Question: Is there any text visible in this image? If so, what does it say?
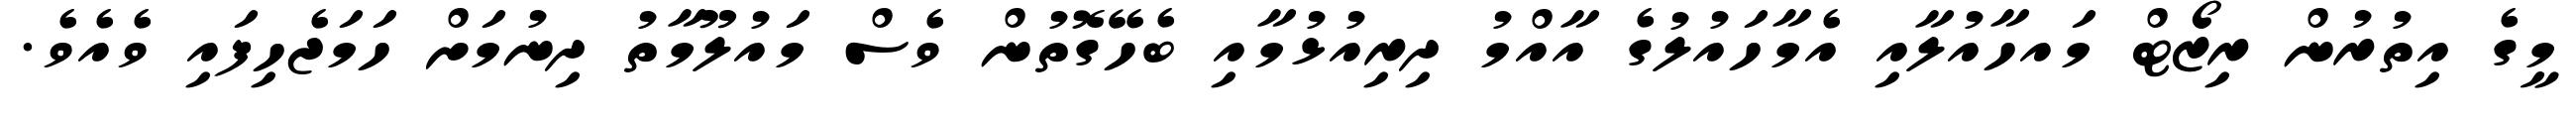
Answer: މީގެ އިތުރުން ރިޒޯޓް މައހާއުލާއި އެމާހައުލުގެ އާއްމު ދިރިއުޅުމާއި ބެހޭގޮތުން ވެސް މައުލޫމާތު ދިނުމަށް ހަމަޖެހިފައި ވެއެވެ.